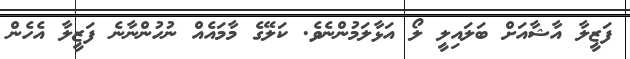
ފަޒީލާ އާޝާއަށް ބަލައިލީ ލޯ އަޅާލަމުންނެވެ. ކަލޭގެ މާމައެއް ނުހުންނާނެ ފަޒީލާ އެހެން